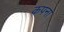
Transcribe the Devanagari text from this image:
कपना